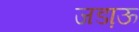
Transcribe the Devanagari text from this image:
जडा़ऊ